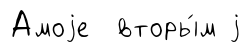
Амоjе вторы́м j